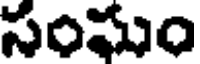
సంమం